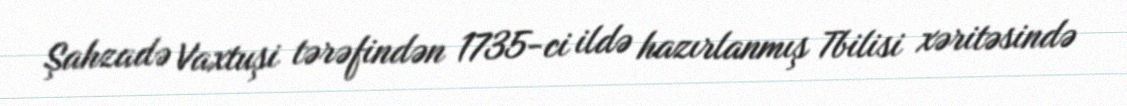
Şahzadə Vaxtuşi tərəfindən 1735-ci ildə hazırlanmış Tbilisi xəritəsində